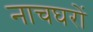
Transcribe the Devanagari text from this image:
नाचघरों